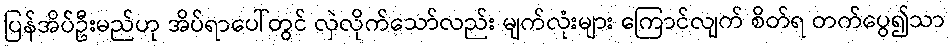
ပြန်အိပ်ဦးမည်ဟု အိပ်ရာပေါ်တွင် လှဲလိုက်သော်လည်း မျက်လုံးများ ကြောင်လျက် စိတ်ရ တက်ပွေ၍သာ